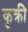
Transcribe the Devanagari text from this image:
कुक्री